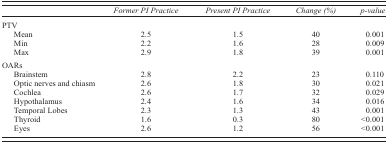
<table><thead><tr><td></td><td><b><i>Former PI Practice</i></b></td><td><b><i>Present PI Practice</i></b></td><td><b><i>Change (%)</i></b></td><td><b><i>p‐value</i></b></td></tr></thead><tbody><tr><td>PTV</td><td></td><td></td><td></td><td></td></tr><tr><td>Mean</td><td>2.5</td><td>1.5</td><td>40</td><td>0.001</td></tr><tr><td>Min</td><td>2.2</td><td>1.6</td><td>28</td><td>0.009</td></tr><tr><td>Max</td><td>2.9</td><td>1.8</td><td>39</td><td>0.001</td></tr><tr><td>OARs</td><td></td><td></td><td></td><td></td></tr><tr><td>Brainstem</td><td>2.8</td><td>2.2</td><td>23</td><td>0.110</td></tr><tr><td>Optic nerves and chiasm</td><td>2.6</td><td>1.8</td><td>30</td><td>0.021</td></tr><tr><td>Cochlea</td><td>2.6</td><td>1.7</td><td>32</td><td>0.029</td></tr><tr><td>Hypothalamus</td><td>2.4</td><td>1.6</td><td>34</td><td>0.016</td></tr><tr><td>Temporal Lobes</td><td>2.3</td><td>1.3</td><td>43</td><td>0.001</td></tr><tr><td>Thyroid</td><td>1.6</td><td>0.3</td><td>80</td><td>&lt;0.001</td></tr><tr><td>Eyes</td><td>2.6</td><td>1.2</td><td>56</td><td>&lt;0.001</td></tr></tbody></table>